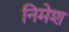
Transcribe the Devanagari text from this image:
निमेश